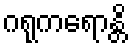
ဂရုကရောန္တိ